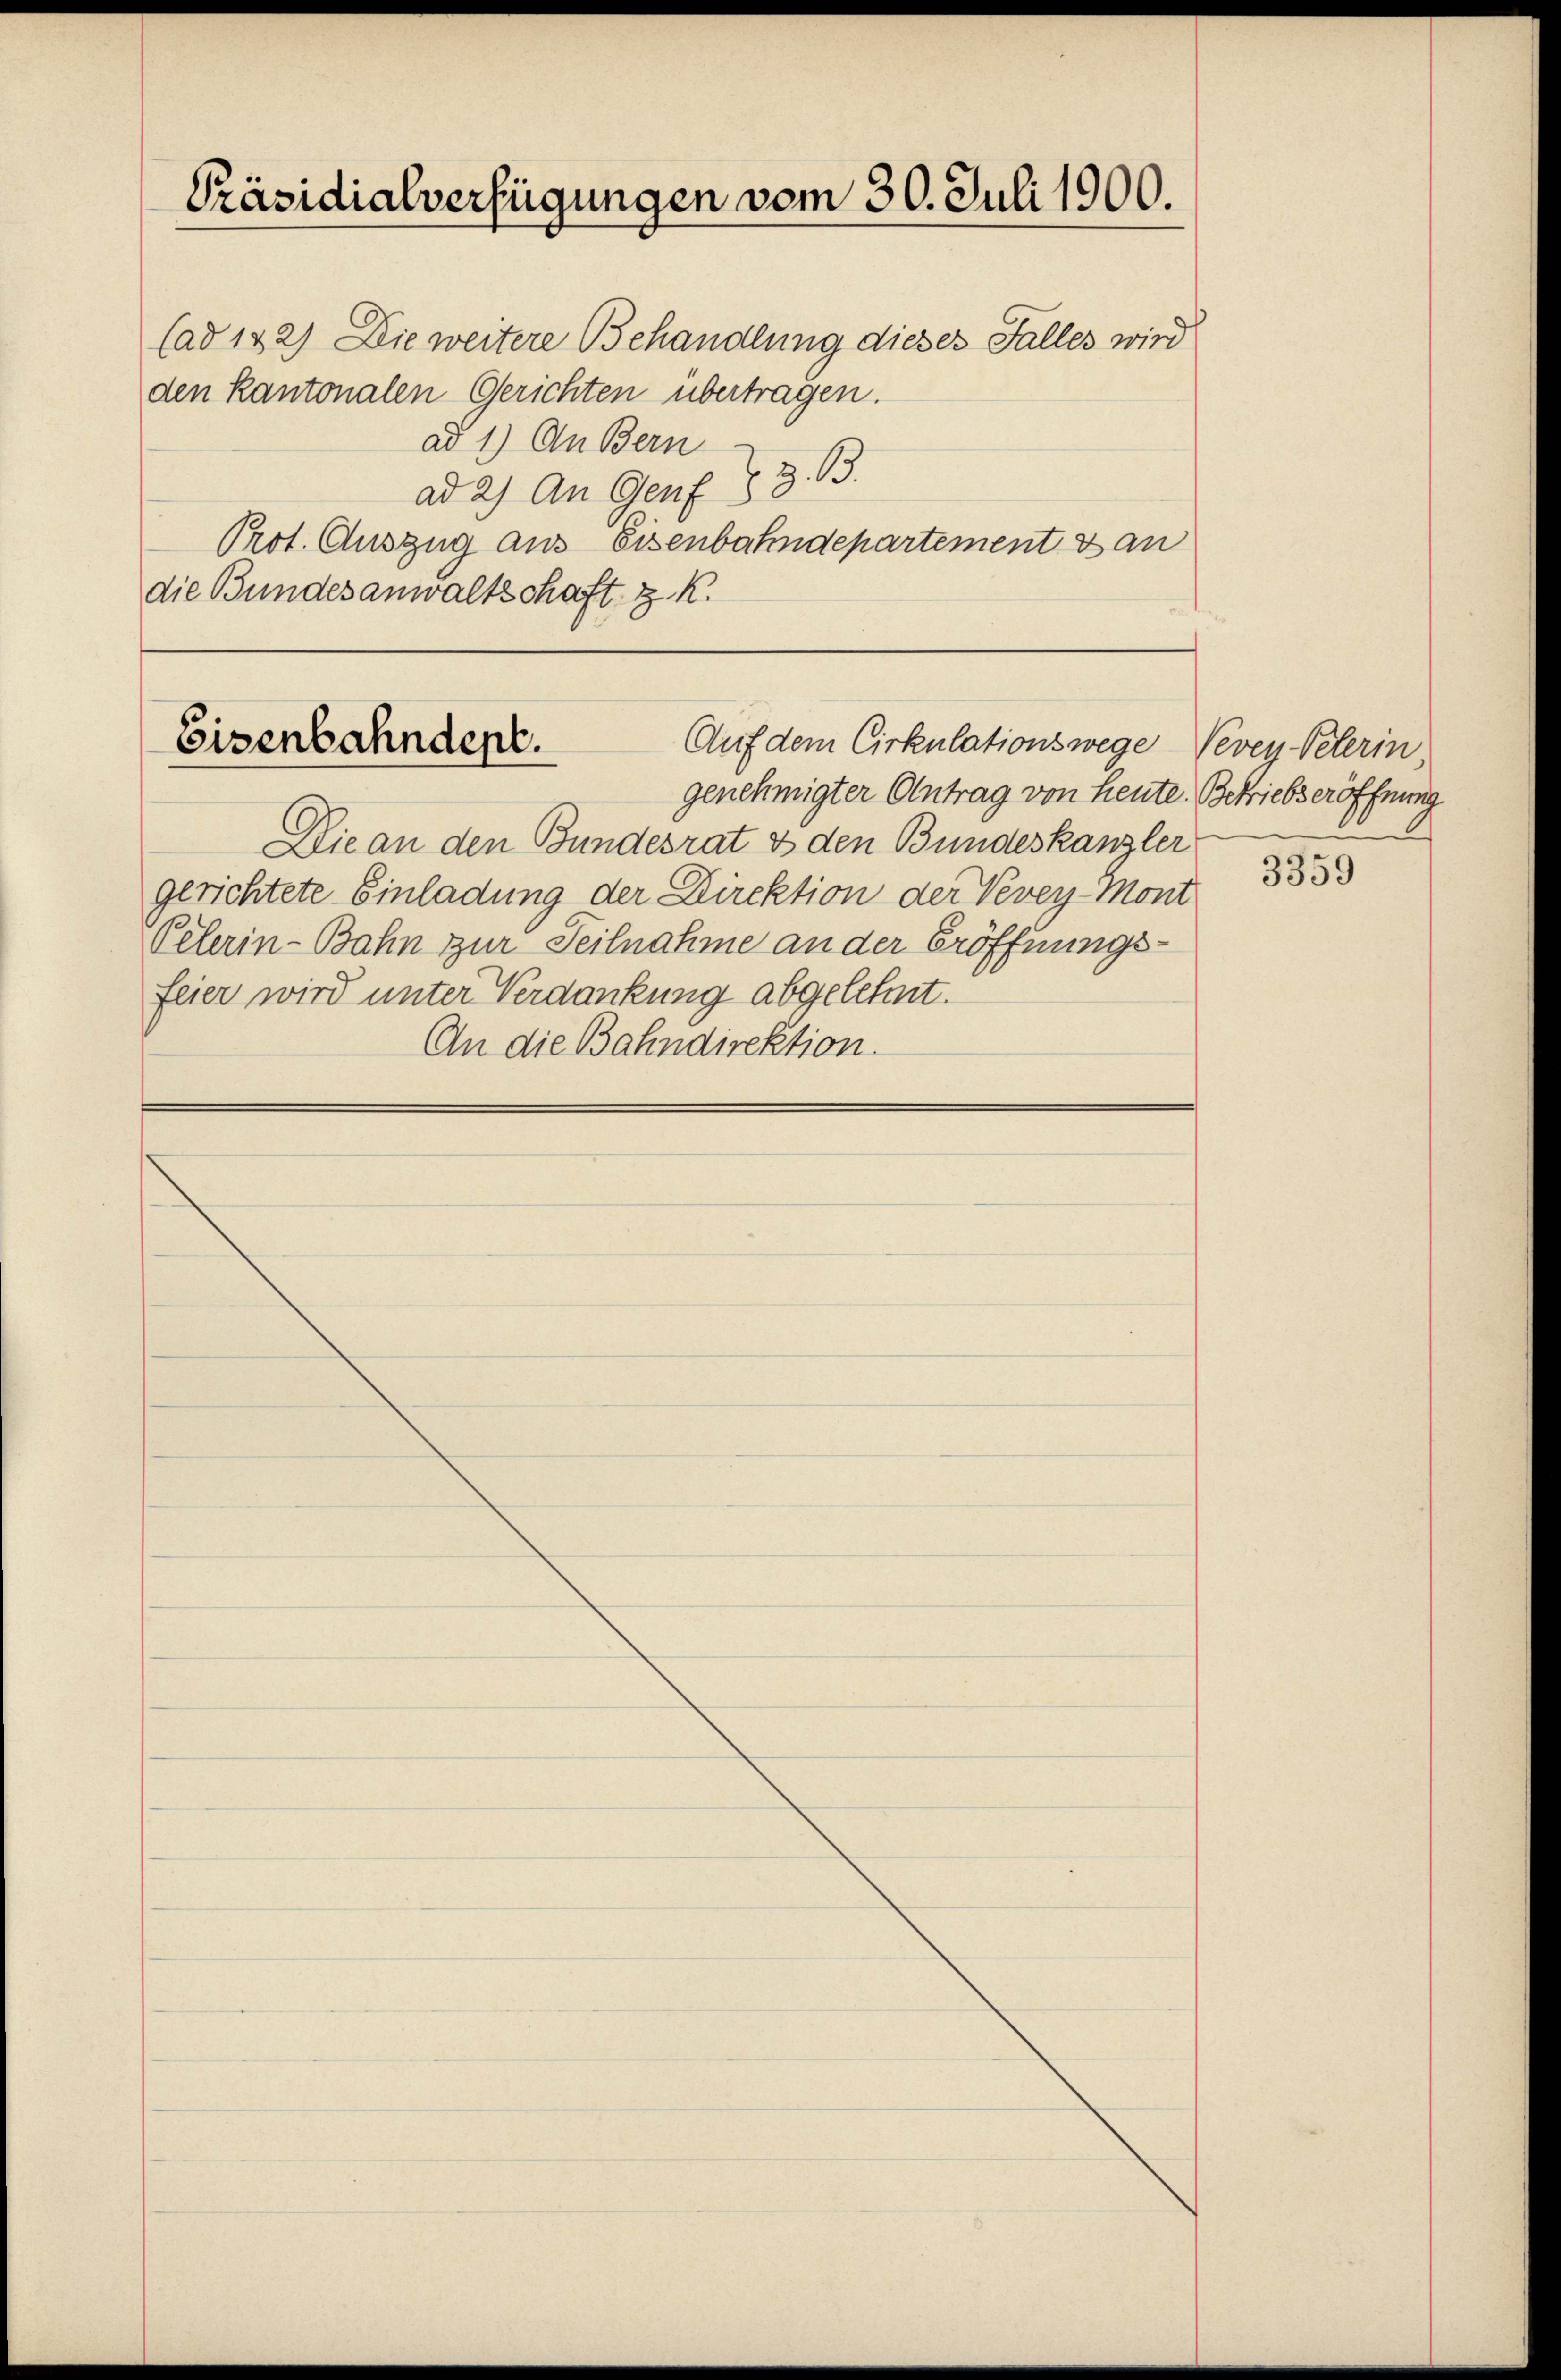
Präsidialverfügungen vom 30. Juli 1900.

(ad 122) Die weitere Behandlung dieses Falles wird
den kantonalen Gerichten übertragen.
ad 1.) An Bern
ad 2) An Genf § 8. B.
Prot. Auszug aus Eisenbahndepartement dan
die Bundesanwaltschaft z. K.

Eisenbahndept.
Auf dem Cirkulationswege Vevey-Pelerin

genehmigter Antrag von heute. Betriebseröffnung
Die an den Bundesrat & den Bundeskanzler
gerichtete Einladung der Direktion der Vevey-Mont
Pelerin-Bahn zur Teilnahme an der Eröffnungsfeier wird unter Verdankung abgelehnt.
An die Bahndirektion.

3359